Civil Veterinary Dept. Bombay admin report 1923-31 - 1923-1931
Year: 1923
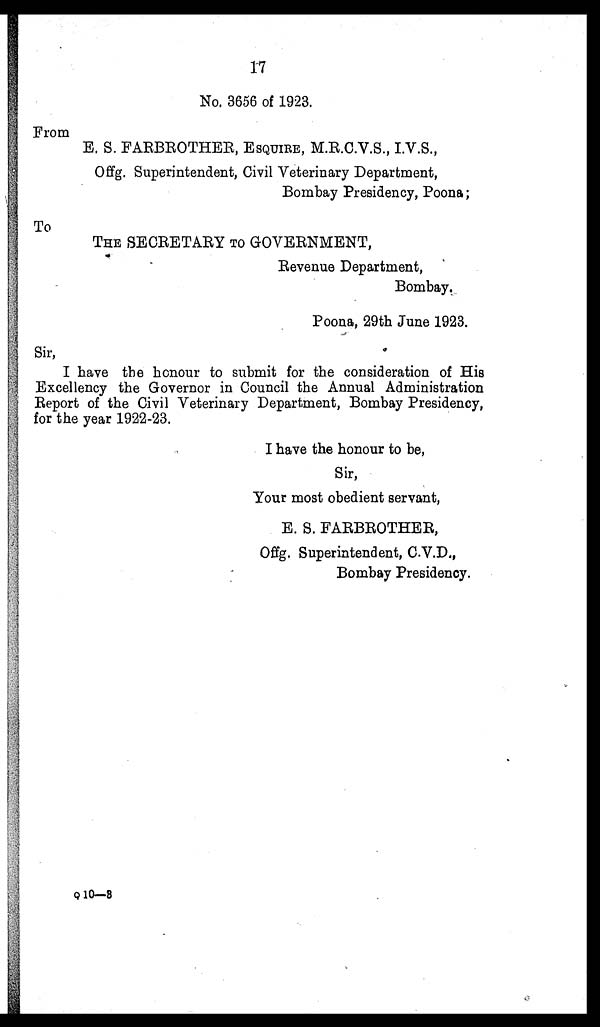
17
No. 3656 of 1923.
From
E. S. FARBROTHER, ESQUIRE, M.R.C.V.S., I.V.S.,
Offg. Superintendent, Civil Veterinary Department,
Bombay Presidency, Poona;
To
THE SECRETARY TO GOVERNMENT,
Revenue Department,
Bombay.
Poona, 29th June 1923.
Sir,
I have the honour to submit for the consideration of His
Excellency the Governor in Council the Annual Administration
Report of the Civil Veterinary Department, Bombay Presidency,
for the year 1922-23.
I have the honour to be,
Sir,
Your most obedient servant,
E. S. FARBROTHER,
Offg. Superintendent, C.V.D.,
Bombay Presidency.
Q 10—8